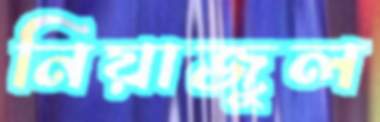
নিয়াজুল